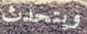
ويتحدث